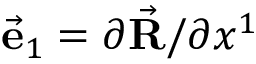
\vec { \bf e } _ { 1 } = \partial \vec { \bf R } / \partial x ^ { 1 }